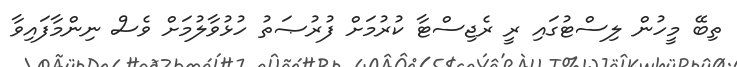
ތިބޭ މީހުން ލިސްޓުގައި ރީ ރެޖިސްޓާ ކުރުމަށް ފުރުޞަތު ހުޅުވާލުމަށް ވެސް ނިންމާފައިވާ